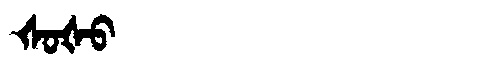
Manchu: ᡧᠣᡧᠣ
Romanization: ŠOŠO